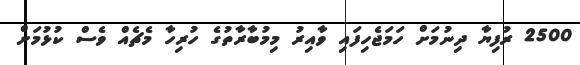
2500 ރުފިޔާ ދިނުމަށް ހަމަޖެހިފައި ވާއިރު މިމުބާރާތުގެ ހުރިހާ މެޗެއް ވެސް ކުޅުމަށް